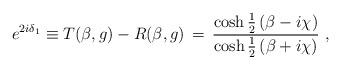
LaTeX: \begin{align*}e^{2i\delta_1} \equiv T(\beta,g) - R(\beta,g) \,=\,\frac{\cosh\frac{1}{2}\left(\beta - i \chi\right)}{\cosh\frac{1}{2}\left(\beta + i \chi\right)}\,\, ,\end{align*}